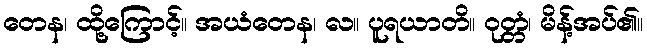
တေန၊ ထို့ကြောင့်။ အယံတေန၊ လ။ ပူရယာတိ။ ဝုတ္တံ၊ မိန့်အပ်၏။